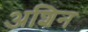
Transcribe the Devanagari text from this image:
अशिन